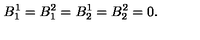
B _ { 1 } ^ { 1 } = B _ { 1 } ^ { 2 } = B _ { 2 } ^ { 1 } = B _ { 2 } ^ { 2 } = 0 .